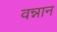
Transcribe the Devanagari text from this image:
वन्नान